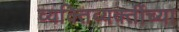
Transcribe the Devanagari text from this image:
व्यक्तिव्यक्तींच्या